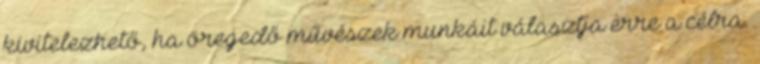
kivitelezhető, ha öregedő művészek munkáit választja erre a célra.